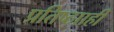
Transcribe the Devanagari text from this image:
प्रतिष्ठााही